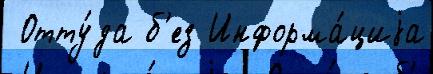
 Отту́да б'ез Информа́циjа